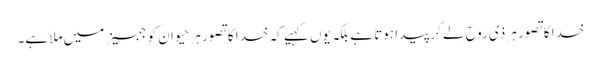
خدا کا تصور ہر ذی روح لے کر پیدا ہوتا ہے بلکہ یوں کہیے کہ خدا کا تصور ہر حیوان کو جہیز میں ملا ہے۔